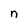
Character: n